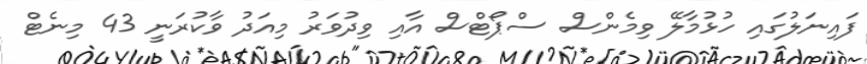
ފައިނަލުގައި ހުޅުމާލޭ ވިމެންސް ސްޕޯޓްސް އާއި ވިދުވަރު މިއަދު ވާކުރަނީ 43 މިނެޓް